Indian journal of veterinary science and animal husbandry - Volumes 18-21, 1948-1951
Year: 1948
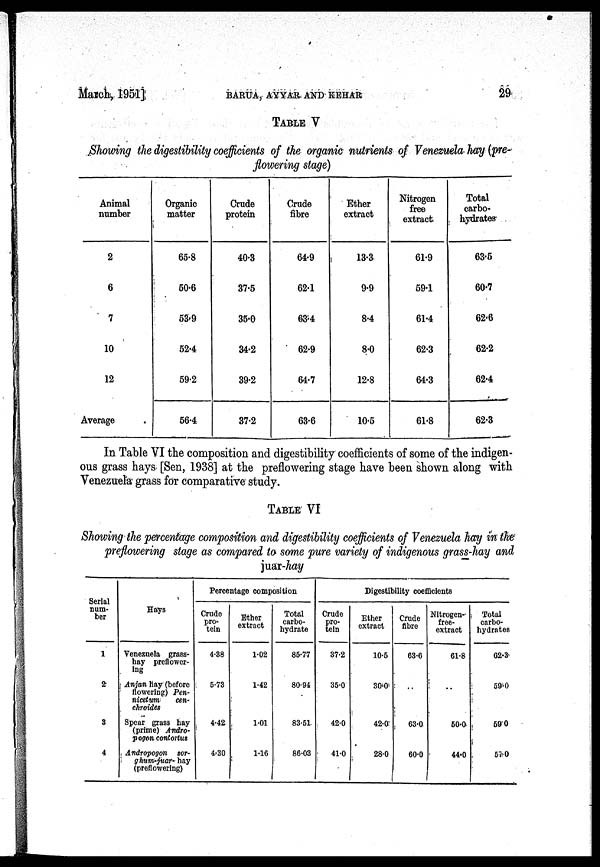
March, 1951]
BARUA,
AYYAR
AND
KEHAR
29
TABLE V
Showing the digestibility coefficients of the organic nutrients of Venezuela hay (pre-
flowering stage)
Animal
number
2
6
7
10
12
Average
Organic
matter
65.8
50.6
53.9
52.4
59.2
56.4
Crude
protein
40.3
37.5
35.0
34.2
39.2
37.2
Crude
fibre
64.9
62.1
63.4
62.9
64.7
63.6
Ether
extract
13.3
9.9
8.4
8.0
12.8
10.5
Nitrogen
free
extract
61.9
59.1
61.4
62.3
64.3
61.8
Total
carbo-
hydrates
63.5
60.7
62.6
62.2
62.4
62.3
In Table VI the composition and digestibility coefficients of some of the indigen-
ous grass hays [Sen, 1938] at the preflowering stage have been shown along with
Venezuela grass for comparative study.
TABLE VI
Showing the percentage composition and digestibility coefficients of Venezuela hay in the
preflowering stage as compared to some pure variety of indigenous grass-hay and
juar-hay
Serial
num-
ber
1
2
3
4
Hays
Venezuela grass-
hay preflower-
ing
Anjan hay (before
flowering) Pen-
nicetum
cen-
chroides
Spear grass hay
(prime) Andro-
pogon contortus
Andropogon sor-
ghum-juar- hay
(preflowering)
Percentage composition
Crude
pro-
tein
4.38
5.73
4.42
4.30
Ether
extract
1.02
1.42
1.01
1.16
Total
carbo-
hydrate
85.77
80.94
83.51
86.03
Digestibility coefficients
Crude
pro-
tein
37.2
35.0
42.0
41.0
Ether
extract
10.5
30.0
42.0
28.0
Crude
fibre
63.6
..
63.0
60.0
Nitrogen
free-
extract
61.8
..
50.0
44.0
Total
carbo-
hydrates
62.3
59.0
59.0
57.0